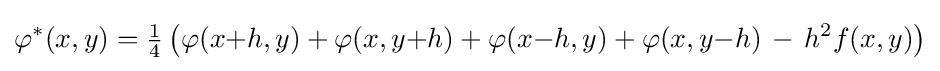
\varphi ^{*}(x,y)={\tfrac {1}{4}}\left(\varphi (x{+}h,y)+\varphi (x,y{+}h)+\varphi (x{-}h,y)+\varphi (x,y{-}h)\,-\,h^{2}f(x,y)\right)